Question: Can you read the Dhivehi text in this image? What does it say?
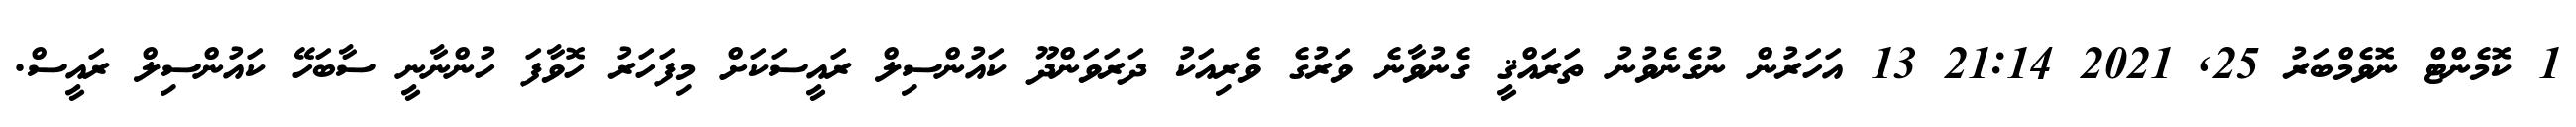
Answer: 1 ކޮމެންޓް ނޮވެމްބަރު 25, 2021 21:14 13 އަހަރުން ނުގެނެވުނު ތަރައްޤީ ގެނުވާނެ ވަރުގެ ވެރިއަކު ދަރަވަންދޫ ކައުންސިލް ރައީސަކަށް މިފަހަރު ހޮވާފަ ހުންނާނީ ސާބަހޭ ކައުންސިލް ރައީސް.